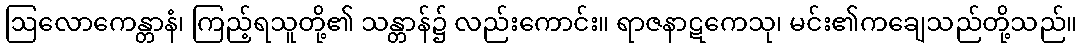
ဩလောကေန္တာနံ၊ ကြည့်ရသူတို့၏ သန္တာန်၌ လည်းကောင်း။ ရာဇနာဋကေသု၊ မင်း၏ကချေသည်တို့သည်။